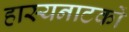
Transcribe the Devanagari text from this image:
हास्यनाटकों